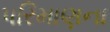
પરિમાણના